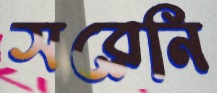
সরেনি